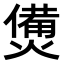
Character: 𤏛